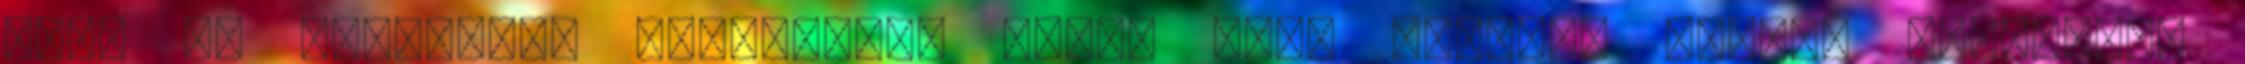
hogy az újszülött szervezete nem-e rejt magában valami lappangó,